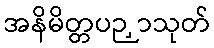
အနိမိတ္တပဉှာသုတ်